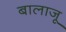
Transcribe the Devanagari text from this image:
बालाजू